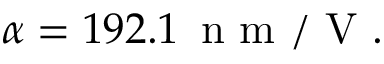
\alpha = 1 9 2 . 1 \, \mathrm { ~ n ~ m ~ } / \mathrm { ~ V ~ } .